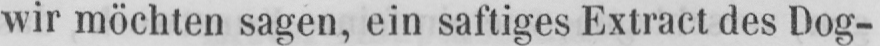
wir möchten sagen, ein saftiges Extract des Dog-